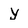
Character: y